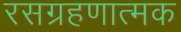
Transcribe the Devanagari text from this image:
रसग्रहणात्मक